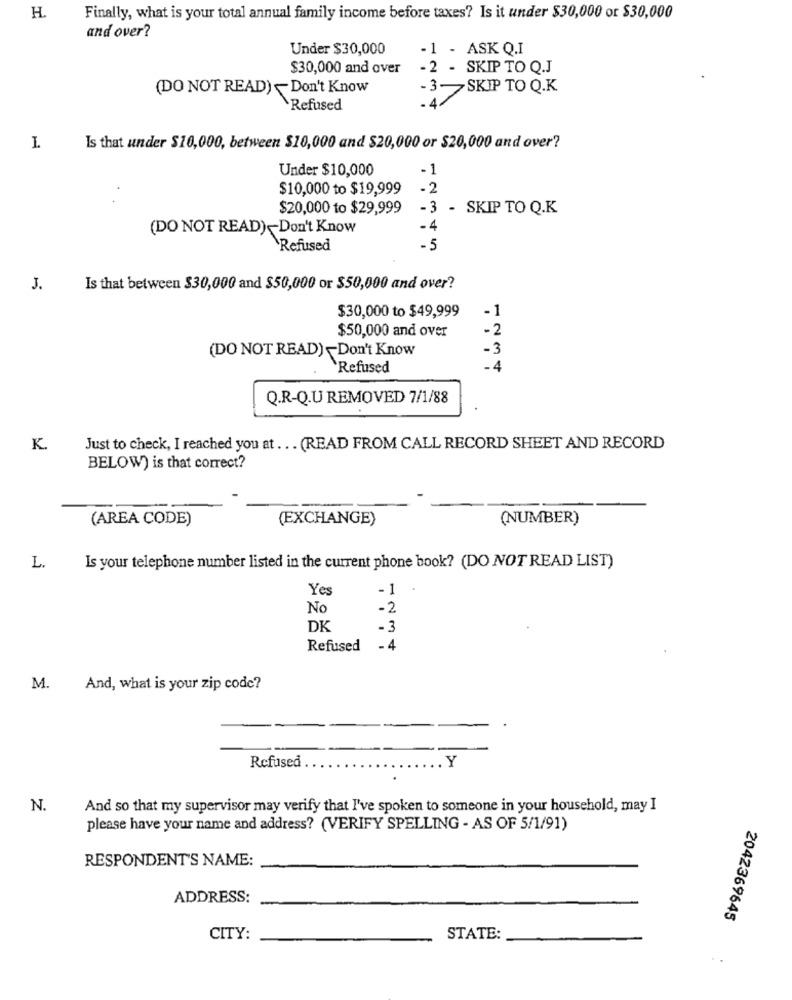
H.
Finally, what is your total annual family income before taxes? Is it under $30,000 or $30,000
and over?
Under $30,000
-1 - ASK Q.I
$30,000 and over
- 2 - SKIP TO Q.J
(DO NOT READ) ~ Don't Know
- 3-SKIP TO Q.K
Refused
.4
Is that under $10,000, between $10,000 and $20,000 or $20,000 and over?
Under $10,000
-1
$10,000 to $19,999
-2
$20,000 to $29,999
-3 - SKIP TO Q.K
(DO NOT READ)-Don't Know
- 4
Refused
-5
J.
Is that between $30,000 and $50,000 or $50,000 and over?
$30,000 to $49,999
-1
$50,000 and over
-2
-3
(DO NOT READ) -Don't Know
`Refused
-4
Q.R-Q.U REMOVED 7/1/88
K.
Just to check, I reached you at ... (READ FROM CALL RECORD SHEET AND RECORD
BELOW) is that correct?
(AREA CODE)
(EXCHANGE)
(NUMBER)
L.
Is your telephone number listed in the current phone book? (DO NOT READ LIST)
Yes
-1
No
-2
DK
- 3
Refused
- 4
M.
And, what is your zip code?
Y
Refused
N.
And so that my supervisor may verify that I've spoken to someone in your household, may I
please have your name and address? (VERIFY SPELLING - AS OF 5/1/91)
RESPONDENT'S NAME:
ADDRESS:
2042369645
CITY
STATE:
. .